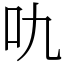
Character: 㕤